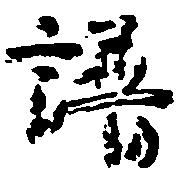
譜